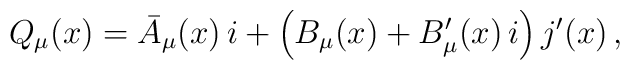
Q_{\mu}(x) = \bar{A}_{\mu}(x)\,i + \left(B_{\mu}(x)+ B'_{\mu}(x)\,i\right) j'(x)\,,